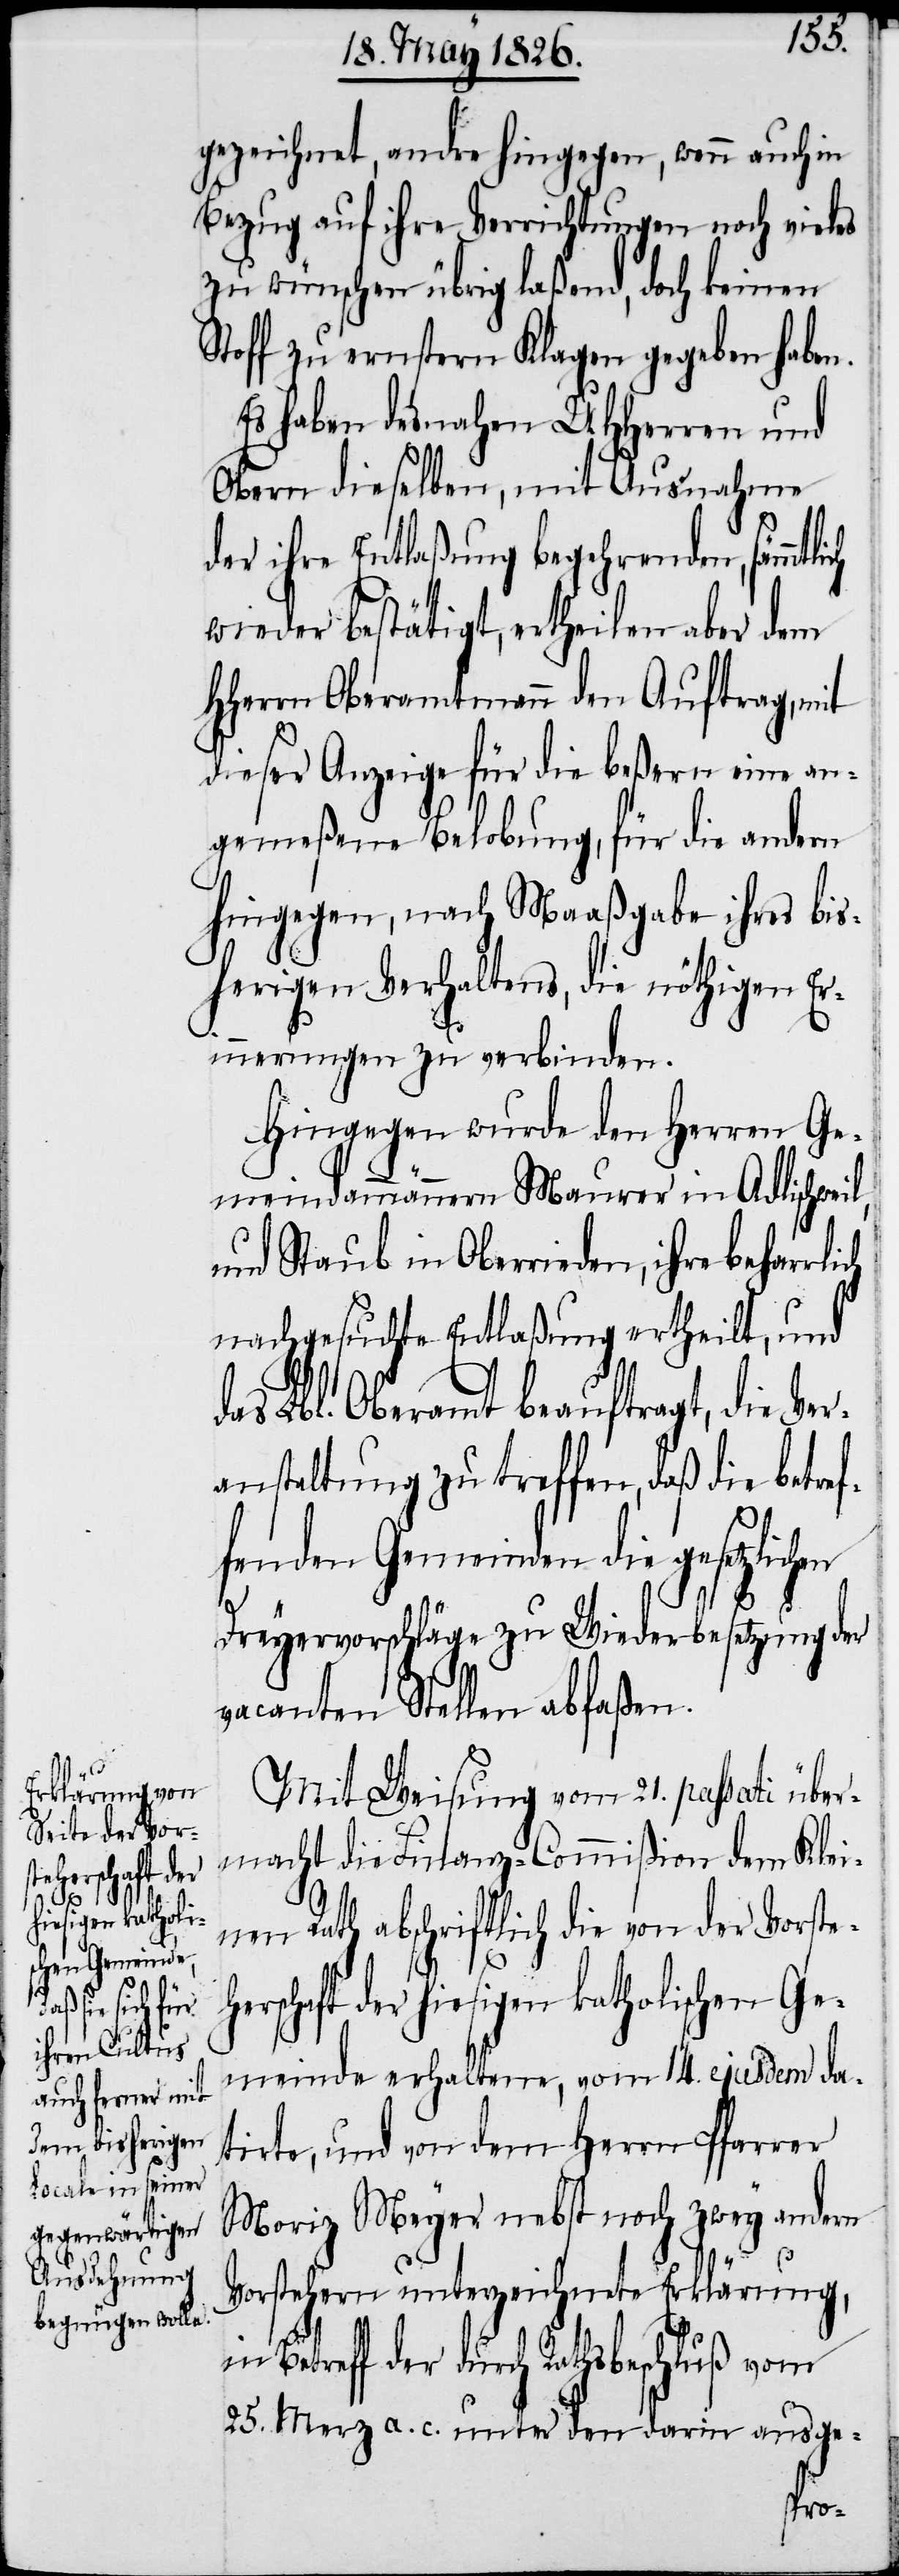
ch

gezeichnet, andre hingegen, wenn auch in
Bezug auf ihre Verrichtungen noch vieles
zu wünschen übrig laßend, doch keinen
Stoff zu ernstern Klagen gegeben haben.
Es haben desnahen UHHerren und
Obern dieselben, mit Ausnahme
der ihre Entlaßung begehrenden, sämmtli¬
wieder bestätigt, ertheilen aber dem
HHerrn Oberamtmann den Auftrag, mit
dieser Anzeige für die beßern eine an¬
gemeßene Belobung, für die andern
hingegen, nach Maaßgabe ihres bis¬
herigen Verhaltens, die nöthigen Eri¬
nnerungen zu verbinden.
Hingegen wurde den Herren Ge¬
meindammännern Maurer in Adlischweil,
und Staub in Oberrieden, ihre beharrli¬
nachgesuchte Entlaßung ertheilt, und
das Lbl. Oberamt beauftragt, die Ver¬
anstaltung zu treffen, daß die betref¬
fenden Gemeinden die gesetzlich¬
en
Dreyervorschläge zu Wiederbesetzung der
vacanten Stellen abfaßen.
Mit Weisung vom 21. passati über¬
macht die Finanz-Commißion dem Klei¬
nen Rath abschriftlich die von der Vorste¬
herschaft der hiesigen katholischen Ge¬
meinde erhaltene, vom 14. ejusdem da¬
tirte, und von dem Herrn Pfarrer
Moriz Meyer nebst noch zwey andern
Vorstehern unterzeichnete Erklärung,
Betreff der durch Rathsbeschluß vom
25. Merz a. c. unter den darin ausge-